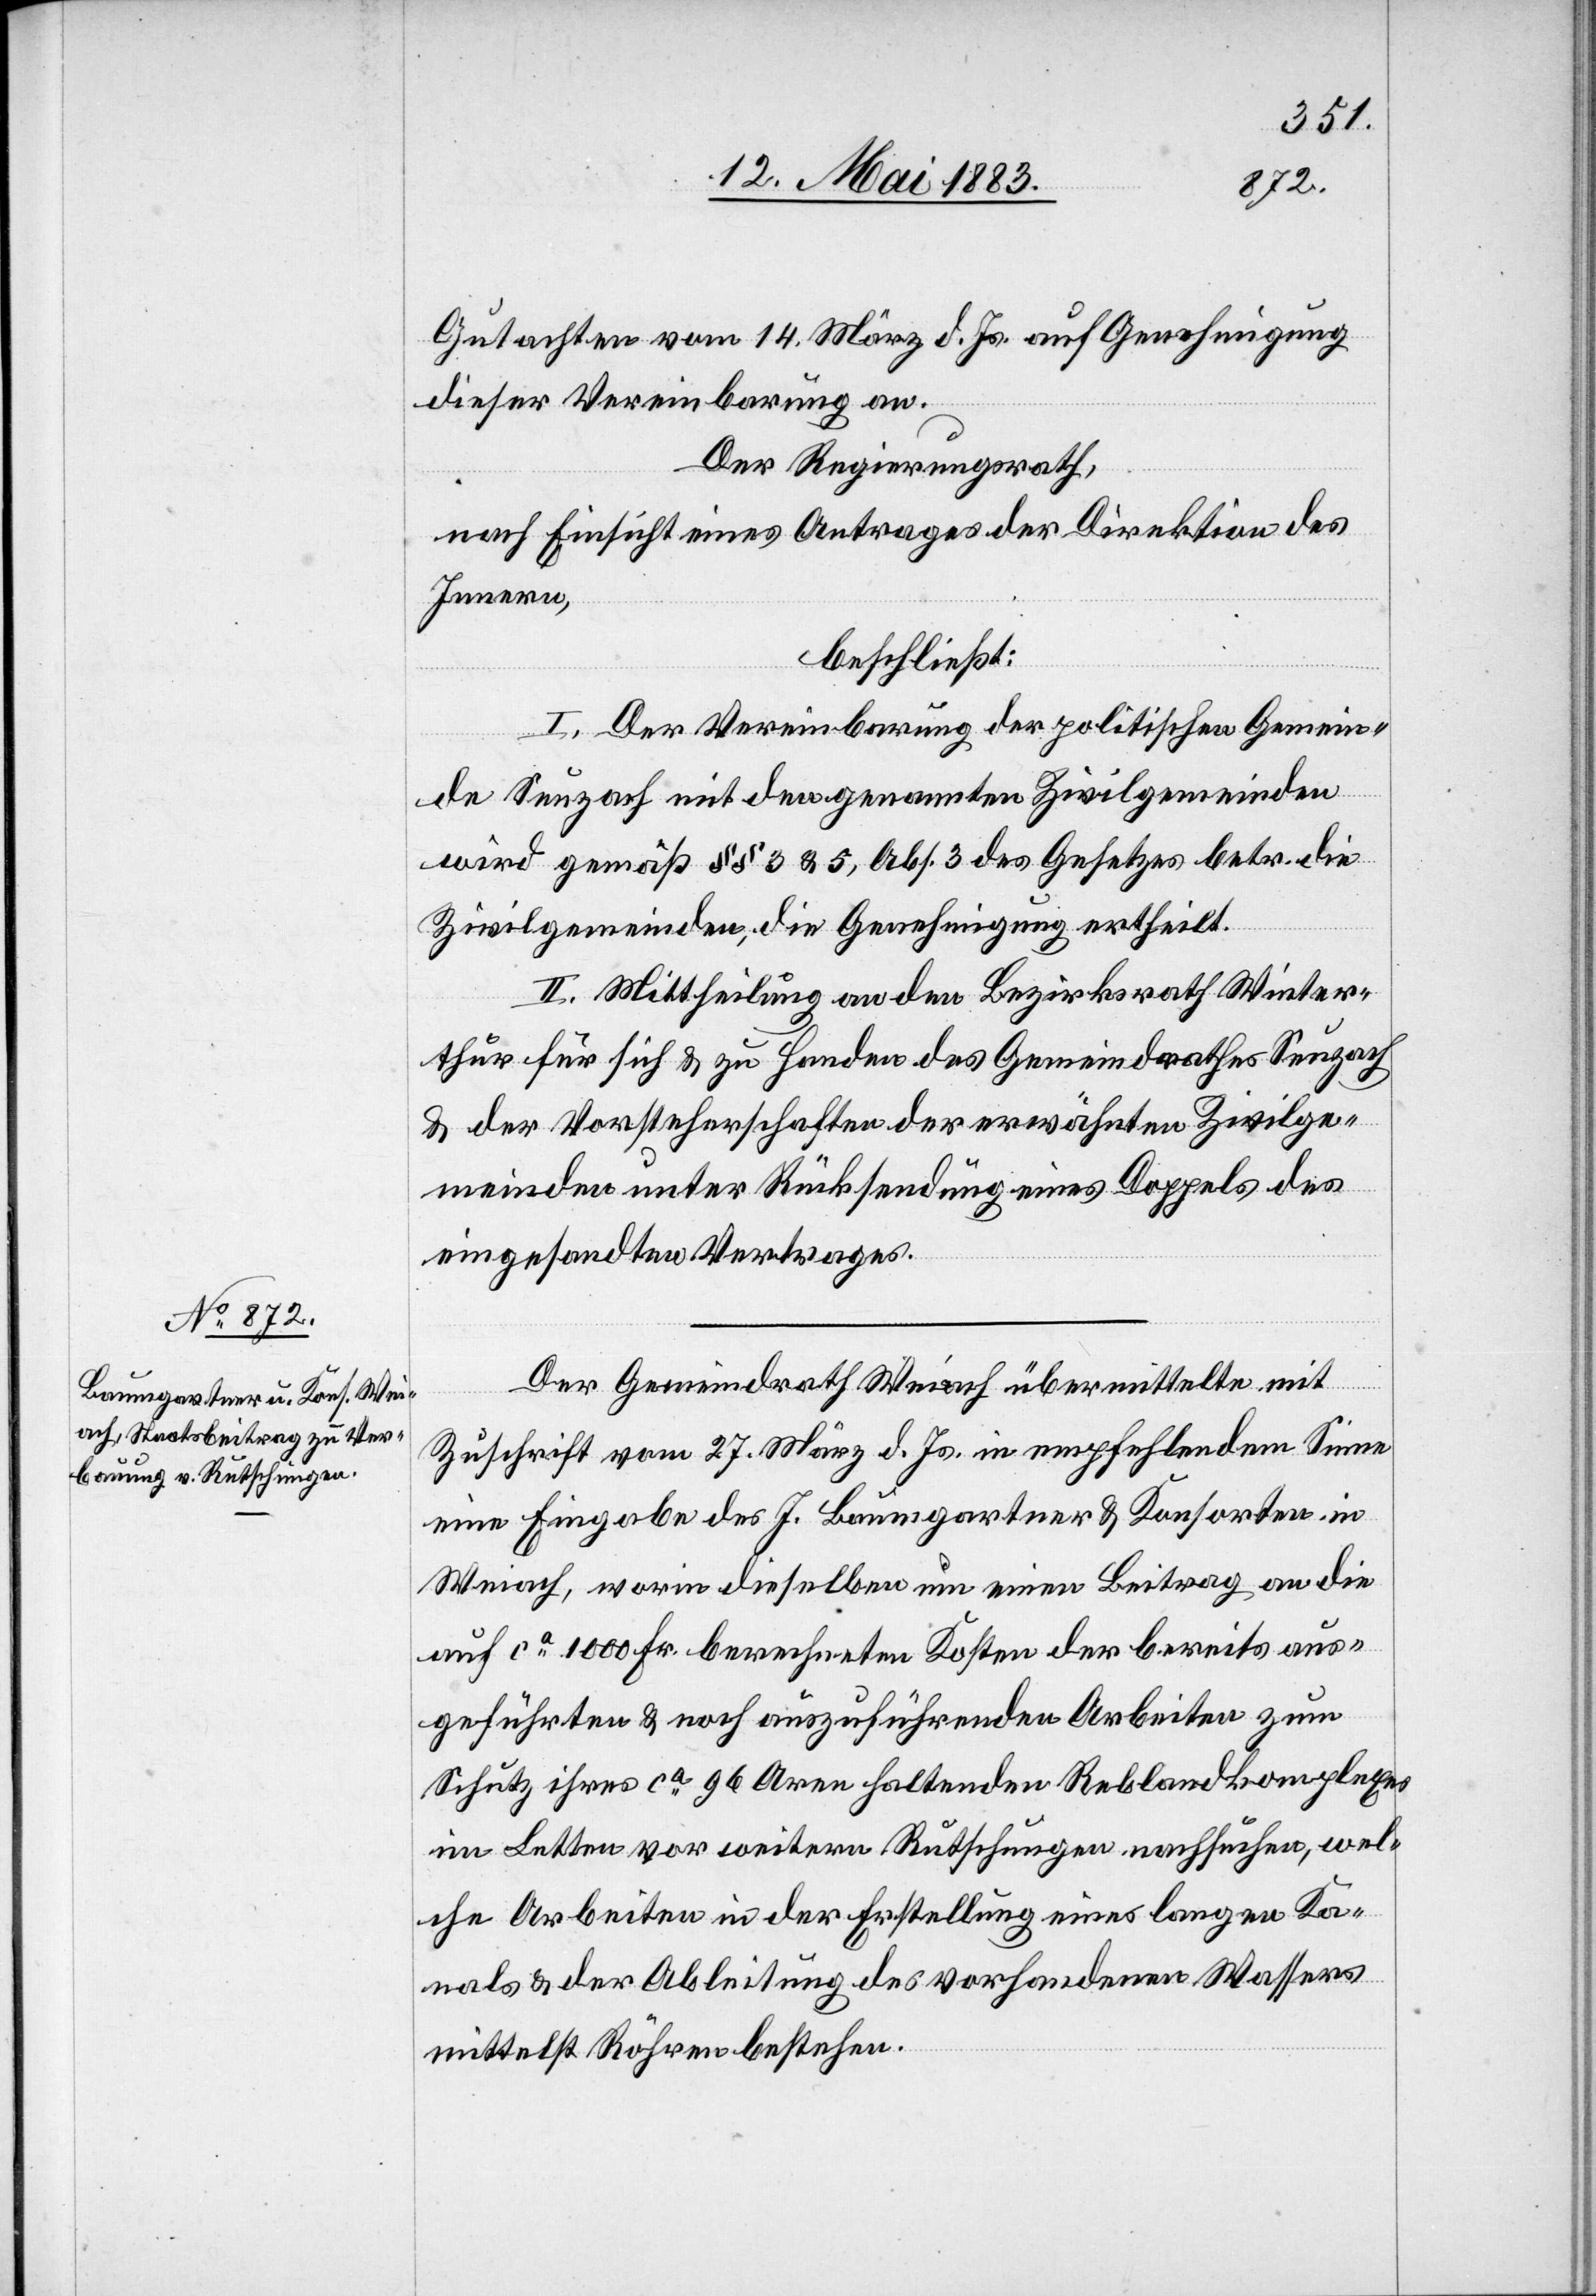
Gutachten vom 14. März d. Js. auf Genehmigung
dieser Vereinbarung an.
Der Regierungsrath,
nach Einsicht eines Antrages der Direktion des
Innern,
beschließt:
I. Der Vereinbarung der politischen Gemein¬
de Seuzach mit den genannten Zivilgemeinden
wird gemäß §§ 3 & 5, Abs. 3 des Gesetzes betr. die
Zivilgemeinden, die Genehmigung ertheilt.
II. Mittheilung an den Bezirksrath Winter¬
thur für sich & zu Handen des Gemeindrathes Seuzach
& der Vorsteherschaften erwähnten Zivilge¬
meinden unter Rücksendung eines Doppels des
eingesandten Vertrages.
Der Gemeindrath Weiach übermittelte mit
Zuschrift vom 27. März d. Js. in empfehlendem Sinne
eine Eingabe des J. Baumgartner & Konsorten in
Weiach, worin dieselben um einen Beitrag an die
auf ca 1000 Fr. berechneten Kosten der bereits aus¬
geführten & noch auszuführenden Arbeiten zum
Schutz ihres ca 96 Aren haltenden Reblandkomplexes
im Letten vor weitern Rutschungen nachsuchen, wel¬
che Arbeiten in der Erstellung eines langen Ka¬
nals & der Ableitung des vorhandenen Wassers
mittelst Röhren bestehen.